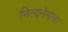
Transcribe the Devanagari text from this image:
नित्यनेमाचा